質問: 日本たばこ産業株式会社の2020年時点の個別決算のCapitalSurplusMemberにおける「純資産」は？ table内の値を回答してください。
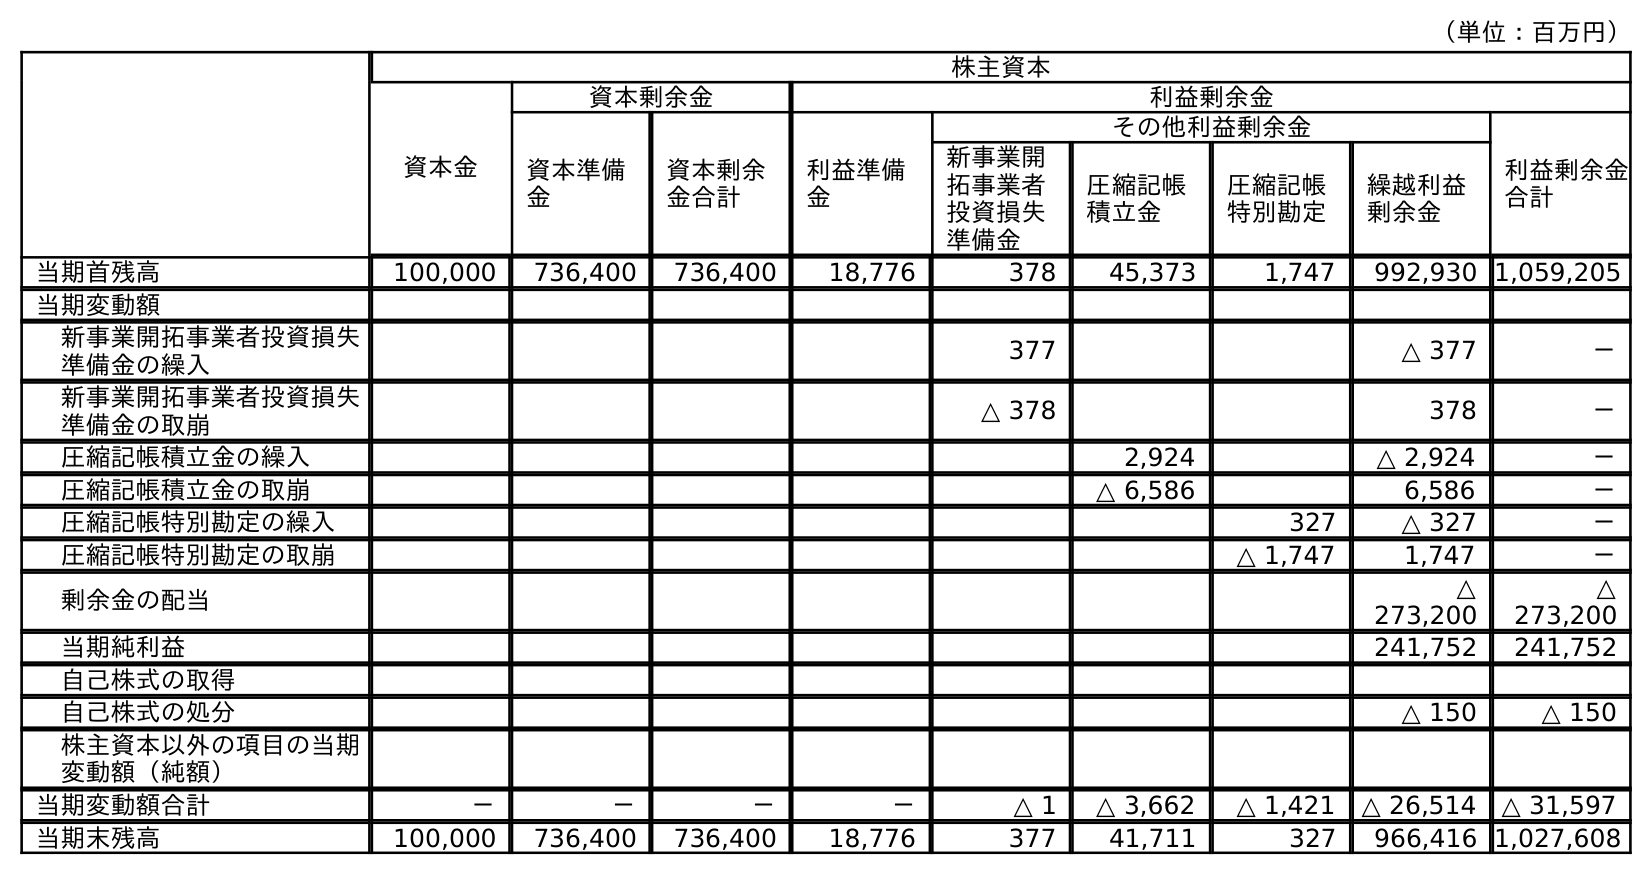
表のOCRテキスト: （単位：百万円） 株主資本 資本金 資本剰余金 利益剰余金 資本準備 金 資本剰余 金合計 利益準備 金 その他利益剰余金 利益剰余金 合計 新事業開 拓事業者 投資損失 準備金 圧縮記帳 積立金 圧縮記帳 特別勘定 繰越利益 剰余金 当期首残高 100,000 736,400 736,400 18,776 378 45,373 1,747 992,930 1,059,205 当期変動額 新事業開拓事業者投資損失 準備金の繰入 377 △ 377 － 新事業開拓事業者投資損失 準備金の取崩 △ 378 378 － 圧縮記帳積立金の繰入 2,924 △ 2,924 － 圧縮記帳積立金の取崩 △ 6,586 6,586 － 圧縮記帳特別勘定の繰入 327 △ 327 － 圧縮記帳特別勘定の取崩 △ 1,747 1,747 － 剰余金の配当 △ 273,200 △ 273,200 当期純利益 241,752 241,752 自己株式の取得 自己株式の処分 △ 150 △ 150 株主資本以外の項目の当期 変動額（純額） 当期変動額合計 － － － － △ 1 △ 3,662 △ 1,421 △ 26,514 △ 31,597 当期末残高 100,000 736,400 736,400 18,776 377 41,711 327 966,416 1,027,608
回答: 736,400